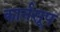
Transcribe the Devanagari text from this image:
कार्नसूप